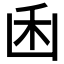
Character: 𠚉